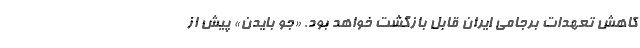
کاهش تعهدات برجامی ایران قابل بازگشت خواهد بود. «جو بایدن» پیش از